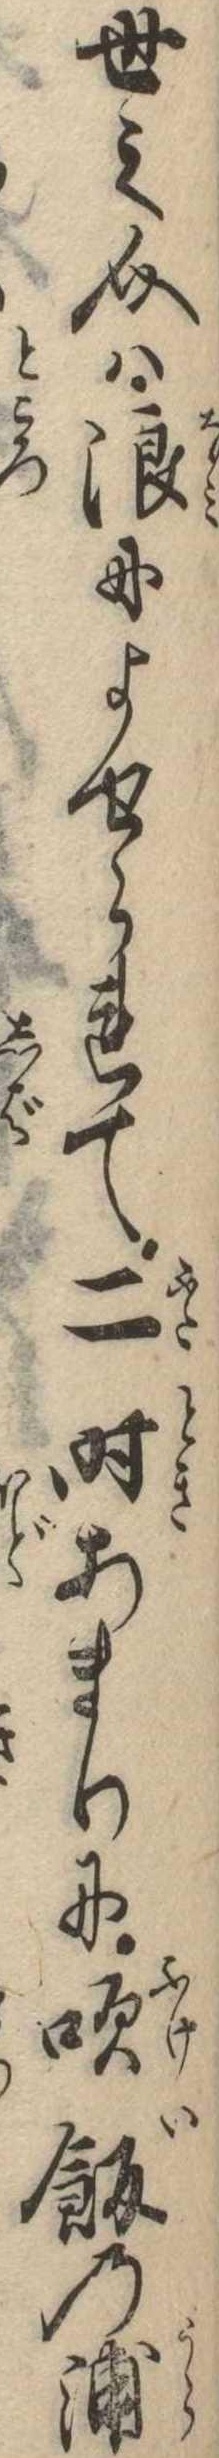
世之介は浪によせられて二時あまりに吹飯の浦